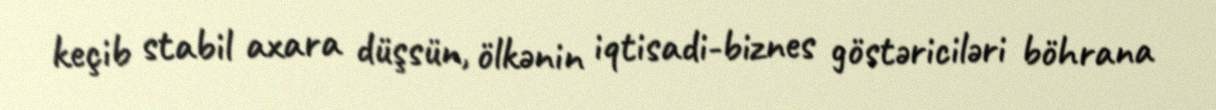
keçib stabil axara düşsün, ölkənin iqtisadi-biznes göstəriciləri böhrana